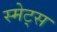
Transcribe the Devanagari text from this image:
स्मेट्स